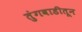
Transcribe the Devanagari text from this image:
तुंगवाडीतून